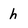
Character: h